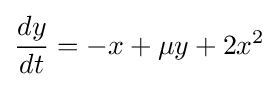
{\frac {dy}{dt}}=-x+\mu y+2x^{2}